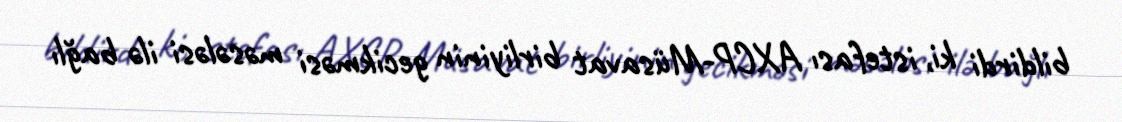
bildirdi ki, istefası AXCP-Müsavat birliyinin gecikməsi məsələsi ilə bağlı